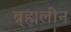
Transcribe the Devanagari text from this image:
ब्र्ह्मलीन